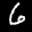
Label: 6